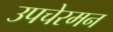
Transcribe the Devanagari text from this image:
उपचेरमन